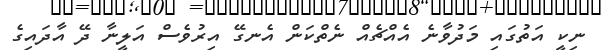
ނިކީ އަތުގައި މަދުވާނެ އެއްޗެއް ނެތްކަން އެނގޭ އިރުވެސް އަލީނާ ދޭ އާދައިގެ